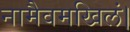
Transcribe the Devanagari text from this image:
नामैवमखिलं।